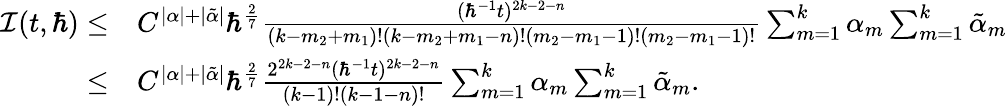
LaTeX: \begin{array}{rl}{\mathcal{I}(t,\hbar)\leq}&{C^{|\alpha|+|\tilde{\alpha}|}\hbar^{\frac 27}\frac{(\hbar^{-1}t)^{2k-2-n}}{(k-m_{2}+m_{1})!(k-m_{2}+m_{1}-n)!(m_{2}-m_{1}-1)!(m_{2}-m_{1}-1)!}\sum_{m=1}^{k}\alpha_{m}\sum_{m=1}^{k}\tilde{\alpha}_{m}}\\ {\leq}&{C^{|\alpha|+|\tilde{\alpha}|}\hbar^{\frac 27}\frac{2^{2k-2-n}(\hbar^{-1}t)^{2k-2-n}}{(k-1)!(k-1-n)!}\sum_{m=1}^{k}\alpha_{m}\sum_{m=1}^{k}\tilde{\alpha}_{m}.}\end{array}